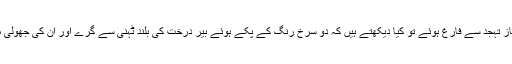
ایک دن نماز تہجد سے فارغ ہوئے تو کیا دیکھتے ہیں کہ دو سرخ رنگ کے پکے ہوئے بیر درخت کی بلند ٹہنی سے گرے اور ان کی جھولی میں آگرے۔